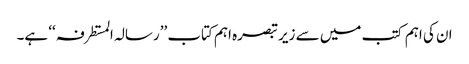
ان کی اہم کتب میں سے زیر تبصرہ اہم کتاب ’’رسالہ المستطرفہ ‘‘ ہے۔